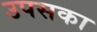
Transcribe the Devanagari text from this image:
उपसका